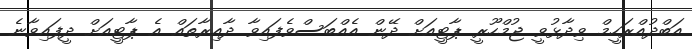
އަބްދުއްރަހީމް ވިދާޅުވީ ޖުމްހޫރީ ޕާޓީއަށް ދޭން އެއްބަސްވެފައިވާ ދާއިރާތައް އެ ޕާޓީއަށް ދީފައިވާނެ